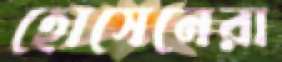
হোসেনেরা